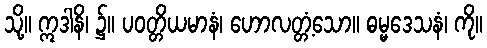
သို့။ ဣဒါနိ၊ ၌။ ပဝတ္တိယမာနံ၊ ဟောလတ္တံ့သော။ ဓမ္မဒေသနံ၊ ကို။